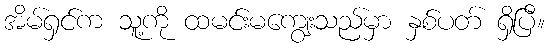
အိမ်ရှင်က သူ့ကို ထမင်းမကျွေးသည်မှာ နှစ်ပတ် ရှိပြီ။